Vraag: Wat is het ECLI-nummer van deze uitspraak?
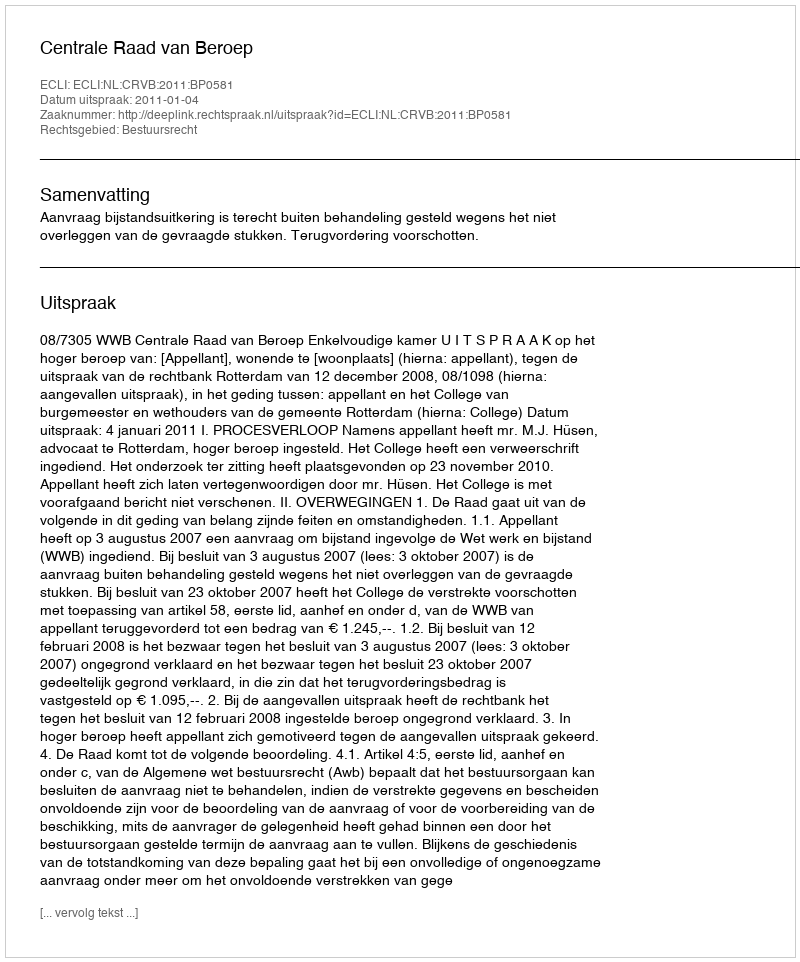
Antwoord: ECLI:NL:CRVB:2011:BP0581